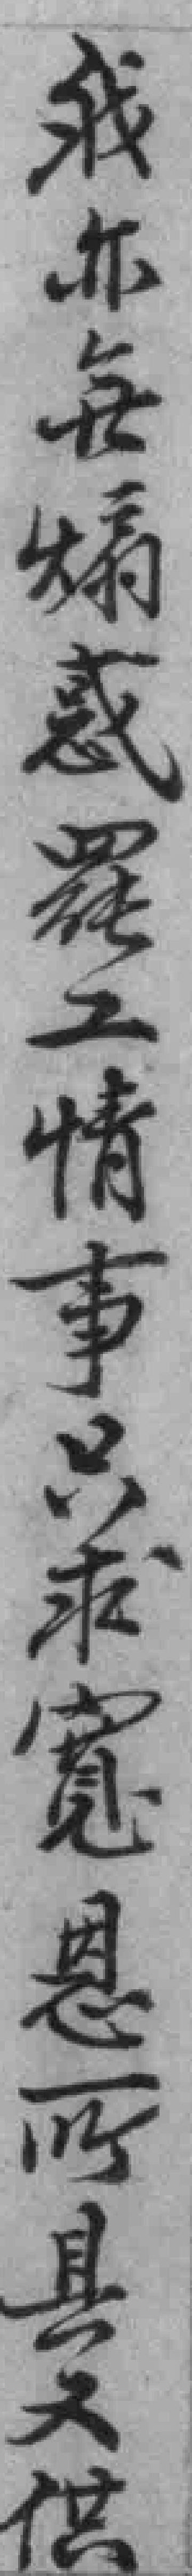
我亦每煽惑羅工情事只求寬恩所具大信